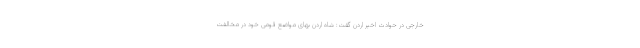
خارجی در حوادث اخیر اردن گفت: شاه اردن بهای مواضع قومی خود در مخالفت